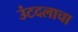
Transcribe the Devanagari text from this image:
उंटदलाचा